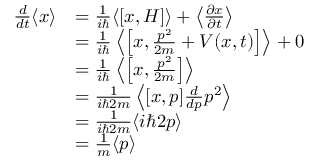
{ \begin{array} { r l } { { \frac { d } { d t } } \langle x \rangle } & { = { \frac { 1 } { i \hbar } } \langle [ x , H ] \rangle + \left\langle { \frac { \partial x } { \partial t } } \right\rangle } \\ & { = { \frac { 1 } { i \hbar } } \left\langle \left[ x , { \frac { p ^ { 2 } } { 2 m } } + V ( x , t ) \right] \right\rangle + 0 } \\ & { = { \frac { 1 } { i \hbar } } \left\langle \left[ x , { \frac { p ^ { 2 } } { 2 m } } \right] \right\rangle } \\ & { = { \frac { 1 } { i \hbar 2 m } } \left\langle [ x , p ] { \frac { d } { d p } } p ^ { 2 } \right\rangle } \\ & { = { \frac { 1 } { i \hbar 2 m } } \langle i \hbar 2 p \rangle } \\ & { = { \frac { 1 } { m } } \langle p \rangle } \end{array} }